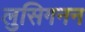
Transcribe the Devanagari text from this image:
लुसिगनन